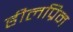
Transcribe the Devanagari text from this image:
हीलप्रिन